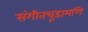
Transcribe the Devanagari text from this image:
संगीतचूड़ामणि